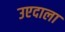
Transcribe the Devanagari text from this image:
उएदाला